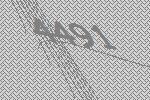
4491